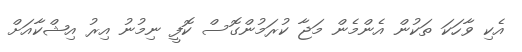
އެކި ވާހަކަ ތަކުން އެންމެން މަޖާ ކުރަމުންގޮސް ކޮފީ ނިމުނު އިރު އިޝްކާއަށް